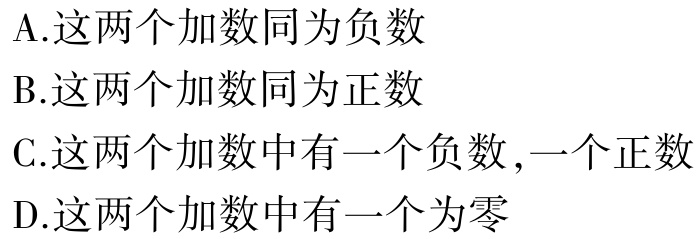
A.这两个加数同为负数

B.这两个加数同为正数

C.这两个加数中有一个负数,一个正数

D.这两个加数中有一个为零